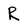
Character: R